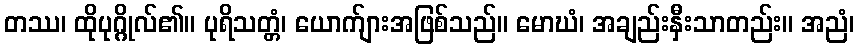
တဿ၊ ထိုပုဂ္ဂိုလ်၏။ ပုရိသတ္တံ၊ ယောက်ျားအဖြစ်သည်။ မောဃံ၊ အချည်းနှီးသာတည်း။ အညံ၊